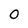
Character: 0